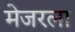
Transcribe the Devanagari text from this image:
मेजरला